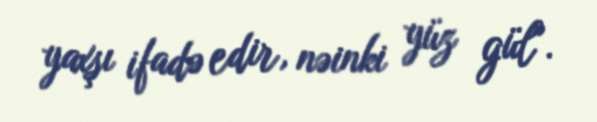
yaxşı ifadə edir, nəinki yüz gül".